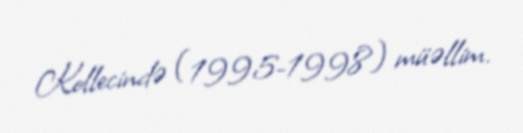
Kollecində (1995-1998) müəllim.